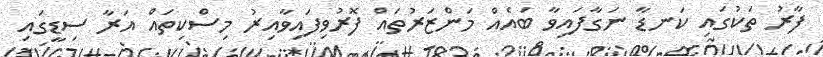
ފާރު ތަކުގައި ކަނޑާ ނަގާފައިވާ ބައެއް މަންޒަރުތައް ފޮރުވިފައިވާއިރު މިސްކިތައް އަރާ ސިޑީގައި